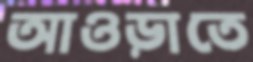
আওড়াতে